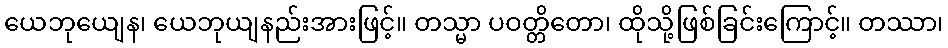
ယေဘုယျေန၊ ယေဘုယျနည်းအားဖြင့်။ တသ္မာ ပဝတ္တိတော၊ ထိုသို့ဖြစ်ခြင်းကြောင့်။ တဿာ၊